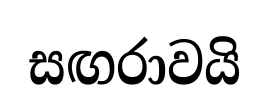
සඟරාවයි